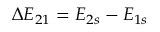
\Delta E _ { 2 1 } = E _ { 2 s } - E _ { 1 s }